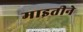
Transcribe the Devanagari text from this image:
माइतीने